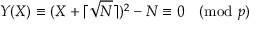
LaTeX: Y ( X ) \equiv ( X + \lceil { \sqrt { N } } \rceil ) ^ { 2 } - N \equiv 0 { \pmod { p } }